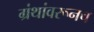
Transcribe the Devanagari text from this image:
ग्रंथांवरूनच